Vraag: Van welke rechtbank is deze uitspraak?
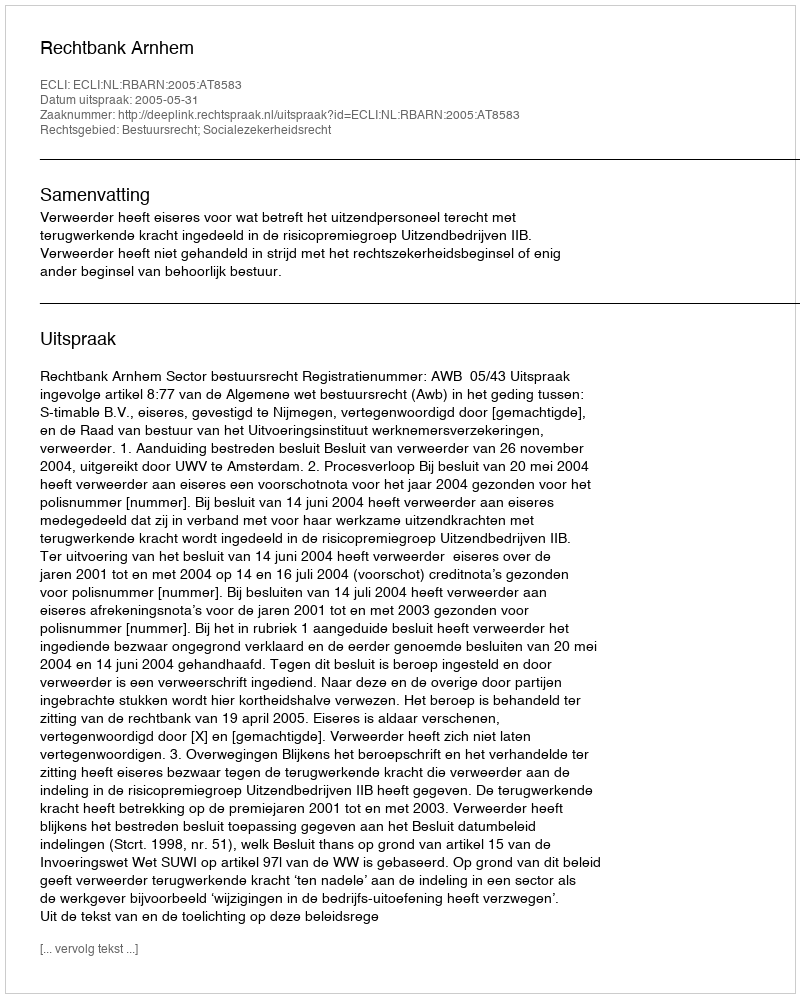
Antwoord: Rechtbank Arnhem